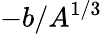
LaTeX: -b/A^{1/3}